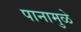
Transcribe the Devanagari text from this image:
पानामुळे